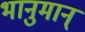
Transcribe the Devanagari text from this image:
भानुमान्